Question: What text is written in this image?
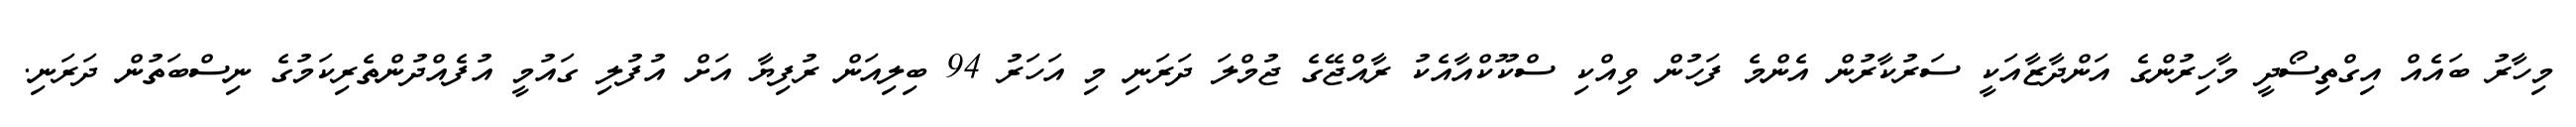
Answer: މިހާރު ބައެއް އިގްތިސޯދީ މާހިރުންގެ އަންދާޒާއަކީ ސަރުކާރުން އެންމެ ފަހުން ވިއްކި ސްކޫކްއާއެކު ރާއްޖޭގެ ޖުމްލަ ދަރަނި މި އަހަރު 94 ބިލިއަން ރުފިޔާ އަށް އުފުލި ގައުމީ އުފެއްދުންތެރިކަމުގެ ނިސްބަތުން ދަރަނި.